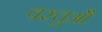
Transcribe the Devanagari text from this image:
वस्तुऔं